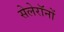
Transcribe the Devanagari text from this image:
सेलेरॉनों